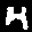
Label: 4